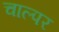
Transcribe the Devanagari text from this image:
चाल्पर